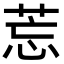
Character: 莣